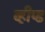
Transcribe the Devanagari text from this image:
व्हीप्ड